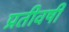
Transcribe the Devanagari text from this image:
प्रतीवर्षी